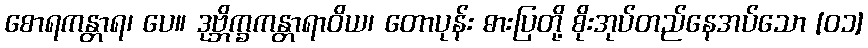
စောရကန္တာရ၊ ပေ။ ဒုဗ္ဘိက္ခကန္တာရာဝိယ၊ တောပုန်း ဓားပြတို့ စိုးအုပ်တည်နေအပ်သော [၀၁]